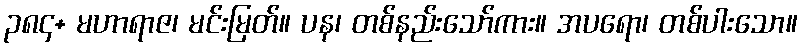
၃၈၄+ မဟာရာဇ၊ မင်းမြတ်။ ပန၊ တစ်နည်းသော်ကား။ အပရော၊ တစ်ပါးသော။